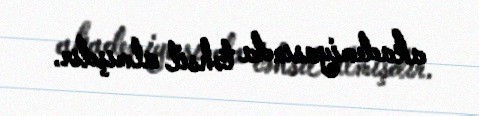
akademiyasında təhsil almışdır.